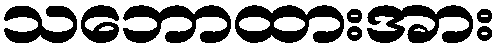
သဘောထားအား